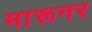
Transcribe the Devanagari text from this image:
मारूनर